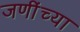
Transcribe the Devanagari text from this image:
जणींच्या